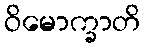
ဝိမောက္ခာတိ